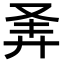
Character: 𪪴